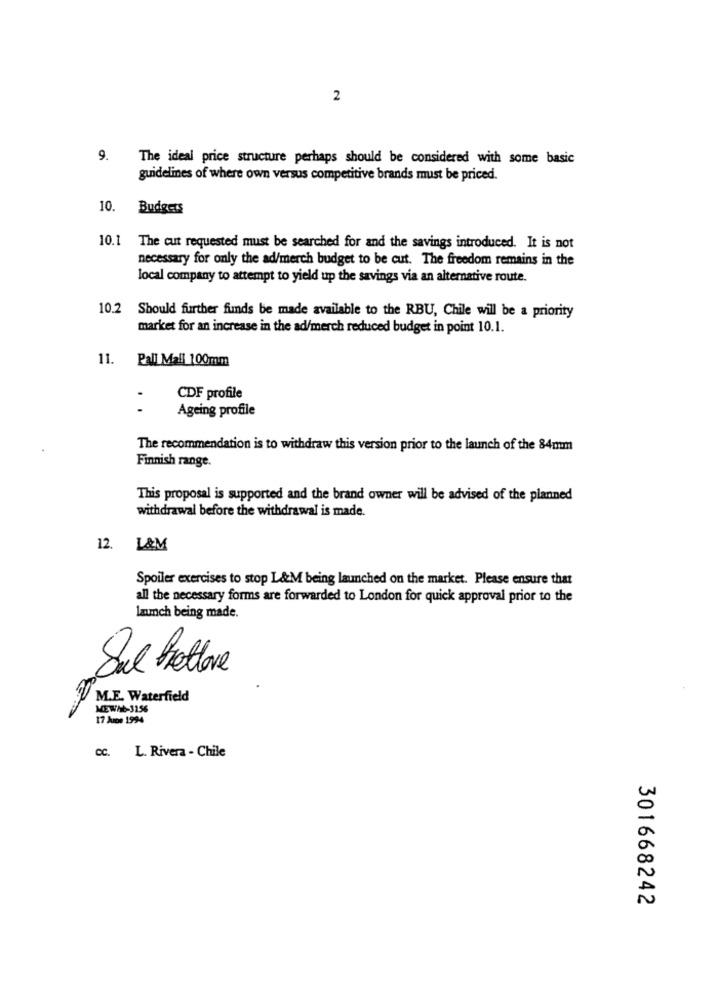
2
9.
The ideal price structure perhaps should be considered with some basic
guidelines of where own versus competitive brands must be priced.
10.
Budgets
10.1 The cut requested must be searched for and the savings introduced. It is not
necessary for only the ad/merch budget to be cut. The freedom remains in the
local company to attempt to yield up the savings via an alternative route.
10.2
Should further finds be made available to the RBU, Chile will be a priority
market for an increase in the ad/merch reduced budget in point 10.1.
11. Pall Mall 100mm
CDF profile
..
Ageing profile
The recommendation is to withdraw this version prior to the launch of the 84mm
Finnish range.
This proposal is supported and the brand owner will be advised of the planned
withdrawal before the withdrawal is made.
12. L&M
Spoiler exercises to stop L&M being launched on the market. Please ensure that
all the necessary forms are forwarded to London for quick approval prior to the
launch being made.
Sul bottone
M.E. Waterfield
MEWh-3156
17 June 1994
cc. L. Rivera - Chile
301668242